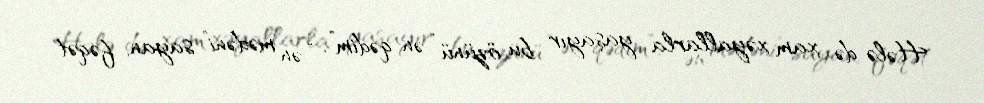
Hələ də xam xəyallarla yaşayır bu özünü “ən qədim”, “ən mədəni” sayan, fəqət